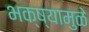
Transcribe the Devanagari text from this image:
भक्ष्यामुळे